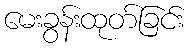
မေးခွန်းထုတ်ခြင်း